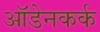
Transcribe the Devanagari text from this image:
ऑडेनकर्क